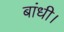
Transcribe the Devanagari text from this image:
बांधी।